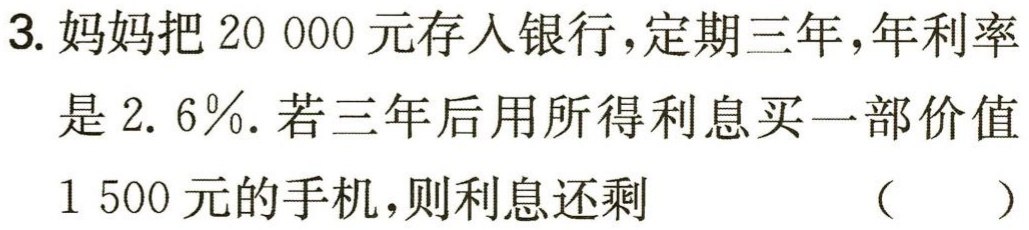
3. 妈妈把$20\ 000$元存入银行，定期三年，年利率是$2.6\%$. 若三年后用所得利息买一部价值$1\ 500$元的手机，则利息还剩 （  ）